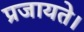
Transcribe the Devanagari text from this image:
प्रजायते।